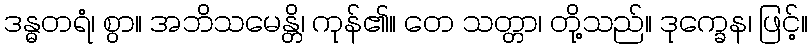
ဒန္ဓတရံ၊ စွာ။ အဘိသမေန္တိ၊ ကုန်၏။ တေ သတ္တာ၊ တို့သည်။ ဒုက္ခေန၊ ဖြင့်။